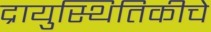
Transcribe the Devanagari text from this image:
द्रायुस्थितिकीचे